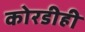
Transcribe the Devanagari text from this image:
कोरडीही